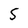
Character: 5